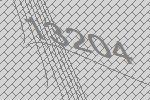
13204